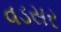
વડસર